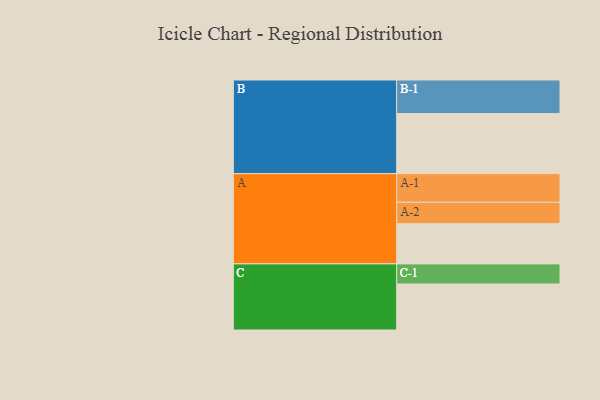
{"axis": {"x": "Segment", "y": "Value"}, "legend": ["", "A", "B", "C"], "data": [{"x": "A", "y": 339, "type": ""}, {"x": "B", "y": 506, "type": ""}, {"x": "C", "y": 388, "type": ""}, {"x": "A-1", "y": 241, "type": "A"}, {"x": "A-2", "y": 180, "type": "A"}, {"x": "B-1", "y": 283, "type": "B"}, {"x": "C-1", "y": 169, "type": "C"}]}